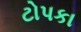
ટોપકા